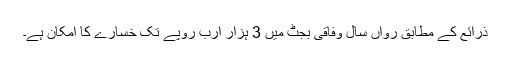
ذرائع کے مطابق رواں سال وفاقی بجٹ میں 3 ہزار ارب روپے تک خسارے کا امکان ہے۔